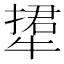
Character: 𤚹